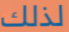
لذلك